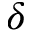
\delta